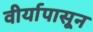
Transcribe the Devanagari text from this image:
वीर्यापासून